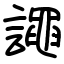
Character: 譝